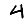
Digit: 4